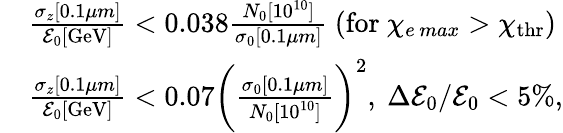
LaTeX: \begin{array}{rl}&{\frac{\sigma_{z}[0.1\mu m]}{\mathcal{E}_{0}[\mathrm{GeV}]}<0.038\frac{N_{0}[10^{10}]}{\sigma_{0}[0.1\mu m]}\ (\mathrm{for}\ \chi_{e\, max}>\chi_{\mathrm{thr}})}\\ &{\frac{\sigma_{z}[0.1\mu m]}{\mathcal{E}_{0}[\mathrm{GeV}]}<0.07\bigg(\frac{\sigma_{0}[0.1\mu m]}{N_{0}[10^{10}]}\bigg)^{2},\ \Delta\mathcal{E}_{0}/\mathcal{E}_{0}<5\% ,}\end{array}